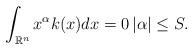
LaTeX: \begin{align*}\int_{\mathbb{R}^{n}}x^{\alpha }k(x)dx=0\left\vert\alpha \right\vert \leq S. \end{align*}